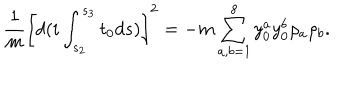
LaTeX: \frac { 1 } { m } \left[ d ( i \int _ { s _ { 2 } } ^ { s _ { 3 } } t _ { 0 } d s ) \right] ^ { 2 } = - m \sum _ { a , b = 1 } ^ { 8 } { y } _ { 0 } ^ { a } { y } _ { 0 } ^ { b } \rho _ { a } \rho _ { b } .